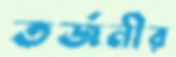
তর্জনীর